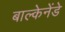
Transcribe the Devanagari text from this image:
बाल्केनेंडे